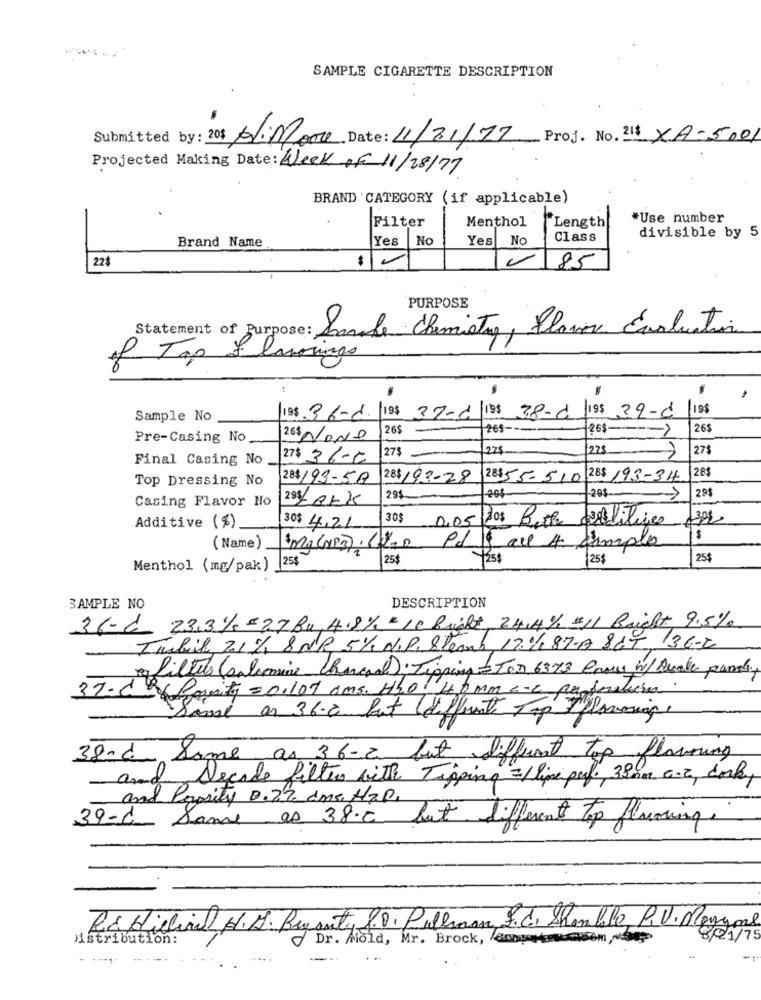
SAMPLE CIGARETTE DESCRIPTION
Submitted by: 20$ Al: More Date: 11/11/77 Proj. No. 21$ XA-5001
Projected Making Date: Week of 11/28/77
BRAND 'CATEGORY (if applicable)
Filter
Menthol
Length
*Use number
divisible by 5
Brand Name
Yes
No
Yes
No
Class
85
22$
PURPOSE
Statement of Purpose:
Sande Chemistry, Flavor Evaluation
of Tap & lavorings
1195.36-1. 195 37-6 198 38-8 195 39-8 195
Sample No
26$
265 --
26$
Pre-Casing No
265 Nove
->
27$
225
27$
Final Casing No
27$ 36-6
28$
Top Dressing No
28$ 199-5A
28$ 193-28
28$55-510 285 193-34
20$
29$
Casing Flavor Ho
29$
20$
30$
0.05/ 10$ Beth deditives
1309,
Additive (%)
30$ 4,21
$
( Name)
mgCr) Como Pd & all A simple
25$
25$
125$
25$
25$
Menthol (mg/pak)
SAMPLE NO
DESCRIPTION
36- C_ 23,3% = 27 Bu, 4.8% " LC Built, 24,4% =11 Bricht 9.5%
Twbil 21%, 8 NR 5% d.P. Steam 17%, 87.A &GT 36-2
Rf filters (salamine charcoal) Tipping Ton 6373 Proc in/ Quale panel
32-d 6 Parity = 0,107 ams. H2O: 40 mm e-Z porfersticien
Sanal on 36-2 But different Top Iplanning,
38-C Same as 36-2 but different top flavoring
Decade filter with Tipping 3/ line pul ., 3800 c.Z, corky
and
and Paprity 0.22 cms HZP.
39-C Same as 38℃ but different top flooring.
Rádielinal H. M. Bryant, 8.0. Pullman, S.C. Shamble, P.V. Manyone
istribution:
Dr. Mold, Mr. Brock, Sosemsom deg